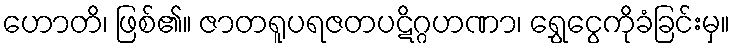
ဟောတိ၊ ဖြစ်၏။ ဇာတရူပရဇတပဋိဂ္ဂဟဏာ၊ ရွှေငွေကိုခံခြင်းမှ။